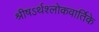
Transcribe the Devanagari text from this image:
श्रीषऽर्थश्लोकवार्तिके